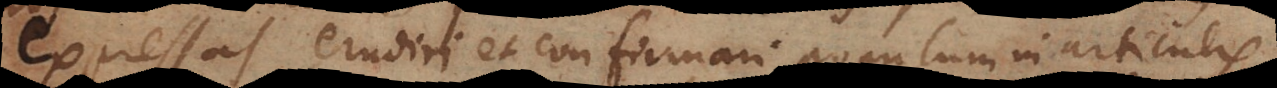
expressas erudiri et confirmari populum in articulis